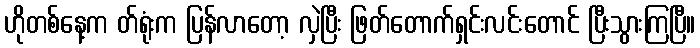
ဟိုတစ်နေ့က တ်ရုံးက ပြန်လာတော့ လှဲပြီး ဖြတ်တောက်ရှင်းလင်းတောင် ပြီးသွားကြပြီ။